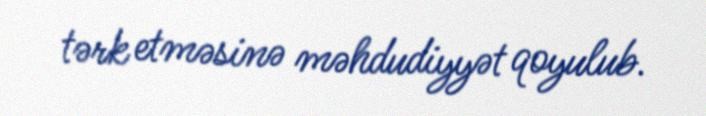
tərk etməsinə məhdudiyyət qoyulub.